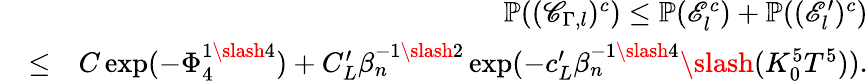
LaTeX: \begin{array}{rlr}&{}&{\mathbb{P}((\mathscr{C}_{\Gamma,l})^{c})\leq\mathbb{P}(\mathscr{E}_{l}^{c})+\mathbb{P}((\mathscr{E}_{l}^{\prime})^{c})}\\ &{\leq}&{C\exp(-\Phi_{4}^{1\slash 4})+C_{L}^{\prime}\beta_{n}^{-1\slash 2}\exp(-c_{L}^{\prime}\beta_{n}^{-1\slash 4}\slash(K_{0}^{5}T^{5})).}\end{array}